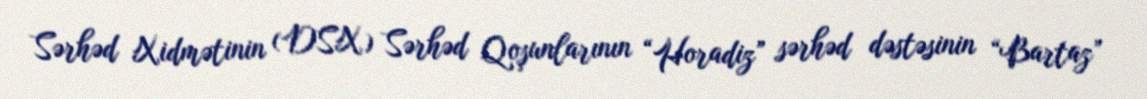
Sərhəd Xidmətinin (DSX) Sərhəd Qoşunlarının “Horadiz” sərhəd dəstəsinin “Bartaz”